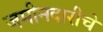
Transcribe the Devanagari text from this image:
जमीनदारीचे